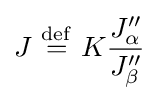
J\ {\stackrel {\mathrm {def} }{=}}\ K{\frac {J_{\alpha }^{\prime \prime }}{J_{\beta }^{\prime \prime }}}